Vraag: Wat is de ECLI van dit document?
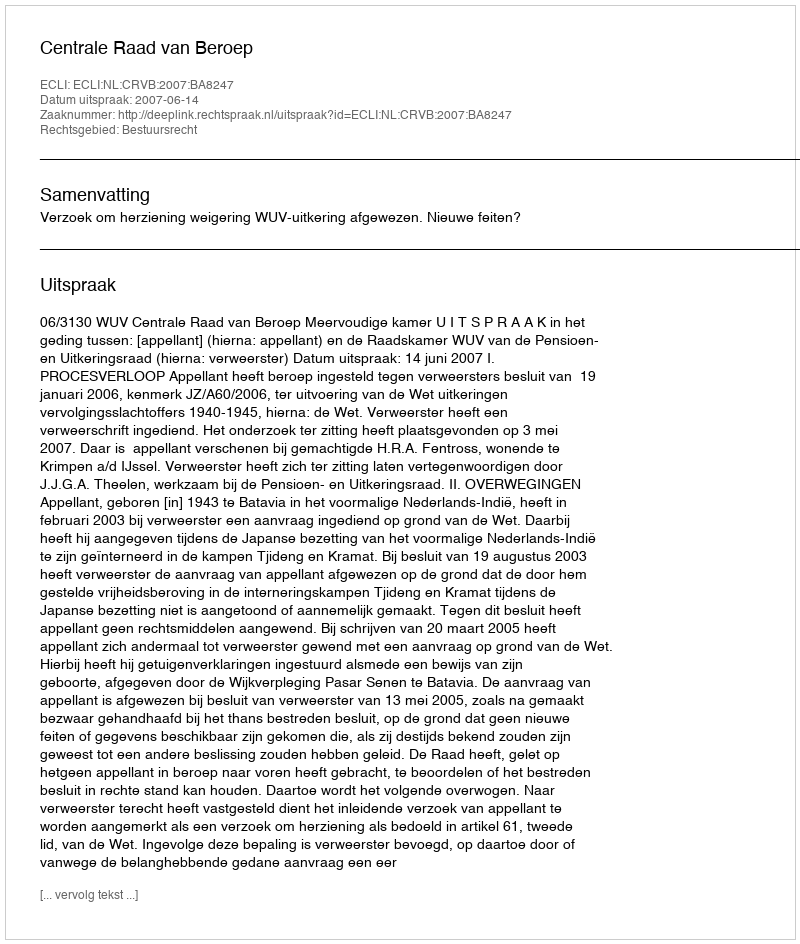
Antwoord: ECLI:NL:CRVB:2007:BA8247